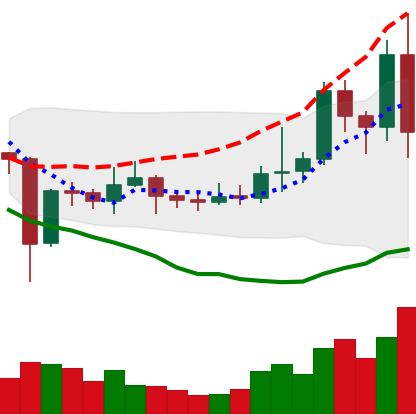
Ticker: EOS-USD
Chart end date: 2021-01-10
Forward return: -10.463%
Label: down_7plus